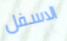
الاسفل